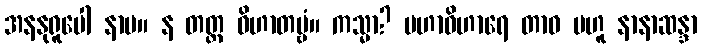
အနနုရူပေါ နာမ။ န တတ္ထ ဝိဟာတဗ္ဗံ။ ကသ္မာ? မဟာဝိဟာရေ တာဝ ဗဟူ နာနာဆန္ဒာ